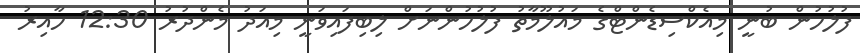
ފުލުހުން ބުނީ މިއެކްސިޑެންޓްގެ މައުލޫމާތު ފުލުހުންނަށް ލިބިފައިވަނީ މިއަދު މެންދުރު 12:30 ހާއިރު